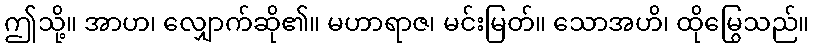
ဤသို့။ အာဟ၊ လျှောက်ဆို၏။ မဟာရာဇ၊ မင်းမြတ်။ သောအဟိ၊ ထိုမြွေသည်။